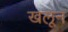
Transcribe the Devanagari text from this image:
खलून